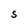
Character: S